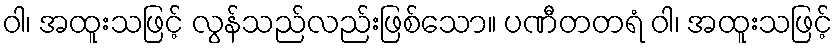
ဝါ၊ အထူးသဖြင့် လွန်သည်လည်းဖြစ်သော။ ပဏီတတရံ ဝါ၊ အထူးသဖြင့်